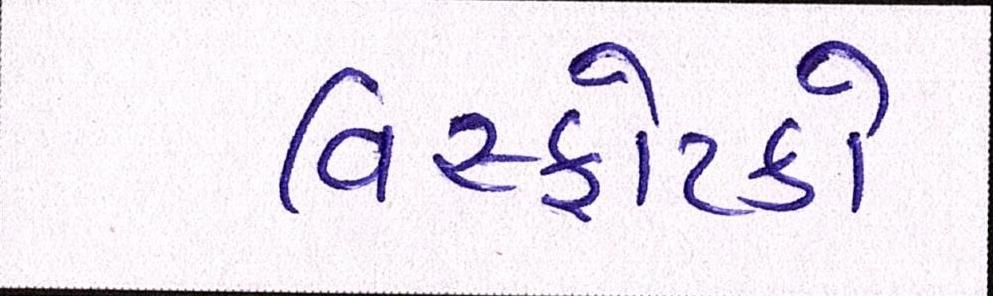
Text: વિસ્ફોટકો